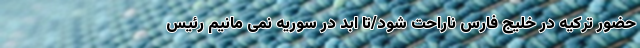
حضور ترکیه در خلیج فارس ناراحت شود/تا ابد در سوریه نمی مانیم رئیس